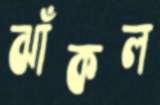
ঝাঁকল